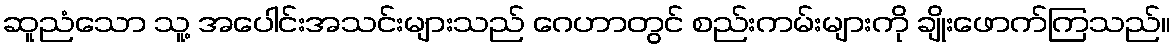
ဆူညံသော သူ့ အပေါင်းအသင်းများသည် ဂေဟာတွင် စည်းကမ်းများကို ချိုးဖောက်ကြသည်။